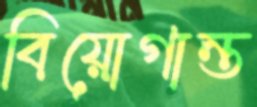
বিয়োগান্ত